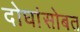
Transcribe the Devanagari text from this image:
दोघांसोबत